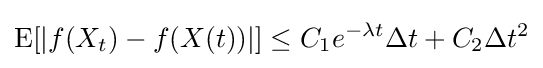
{\text{E}}[|f(X_{t})-f(X(t))|]\leq C_{1}e^{-\lambda t}\Delta t+C_{2}\Delta t^{2}